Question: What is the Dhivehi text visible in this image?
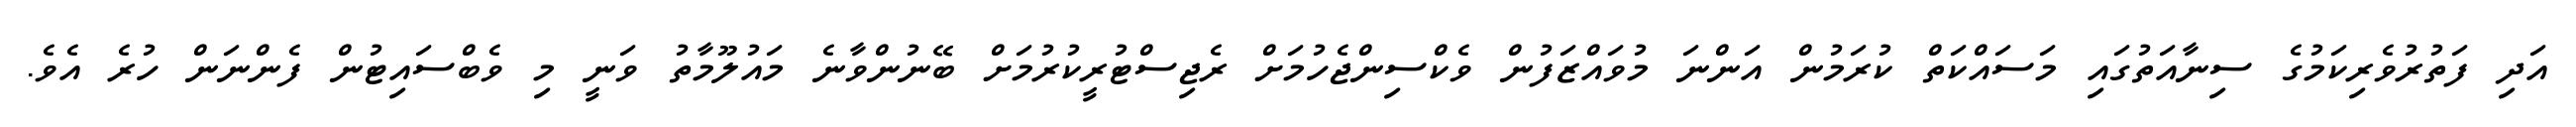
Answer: އަދި ފަތުރުވެރިކަމުގެ ސިނާއަތުގައި މަސައްކަތް ކުރަމުން އަންނަ މުވައްޒަފުން ވެކްސިންޖެހުމަށް ރެޖިސްޓުރީކުރުމަށް ބޭނުންވާނެ މައުލޫމާތު ވަނީ މި ވެބްސައިޓުން ފެންނަން ހުރެ އެވެ.